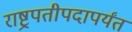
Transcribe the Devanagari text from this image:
राष्ट्रपतीपदापर्यंत